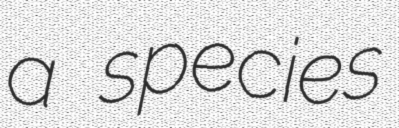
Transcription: a species